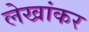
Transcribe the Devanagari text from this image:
लेखांकर